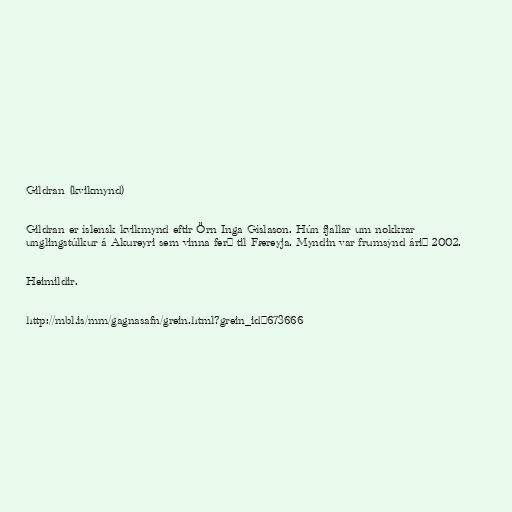
Gildran (kvikmynd)

Gildran er íslensk kvikmynd eftir Örn Inga Gíslason. Hún fjallar um nokkrar
unglingstúlkur á Akureyri sem vinna ferð til Færeyja. Myndin var frumsýnd árið 2002.

Heimildir.

http://mbl.is/mm/gagnasafn/grein.html?grein_id=673666